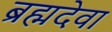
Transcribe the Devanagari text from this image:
ब्रह्मदेवा